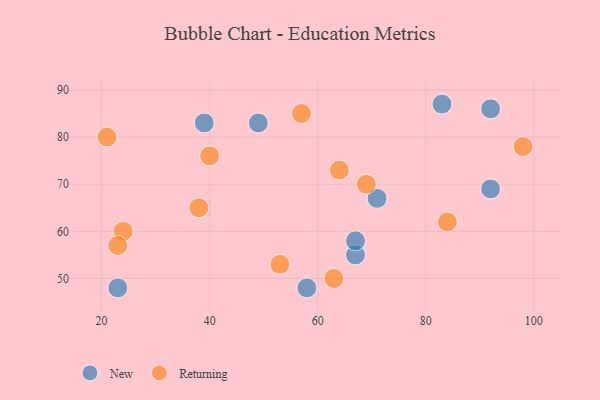
{"axis": {"x": "GDP", "y": "Life Expectancy"}, "legend": ["New", "Returning"], "data": [{"x": "92", "y": 69, "type": "New"}, {"x": "39", "y": 83, "type": "New"}, {"x": "67", "y": 55, "type": "New"}, {"x": "92", "y": 86, "type": "New"}, {"x": "83", "y": 87, "type": "New"}, {"x": "58", "y": 48, "type": "New"}, {"x": "71", "y": 67, "type": "New"}, {"x": "23", "y": 48, "type": "New"}, {"x": "67", "y": 58, "type": "New"}, {"x": "49", "y": 83, "type": "New"}, {"x": "98", "y": 78, "type": "Returning"}, {"x": "57", "y": 85, "type": "Returning"}, {"x": "63", "y": 50, "type": "Returning"}, {"x": "24", "y": 60, "type": "Returning"}, {"x": "21", "y": 80, "type": "Returning"}, {"x": "38", "y": 65, "type": "Returning"}, {"x": "84", "y": 62, "type": "Returning"}, {"x": "40", "y": 76, "type": "Returning"}, {"x": "69", "y": 70, "type": "Returning"}, {"x": "64", "y": 73, "type": "Returning"}, {"x": "53", "y": 53, "type": "Returning"}, {"x": "23", "y": 57, "type": "Returning"}]}